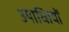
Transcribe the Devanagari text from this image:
उपाधिायों